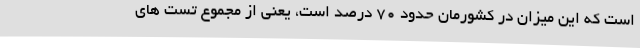
است که این میزان در کشورمان حدود 70 درصد است، یعنی از مجموع تست های